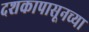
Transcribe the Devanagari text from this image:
दशकापासूनच्या